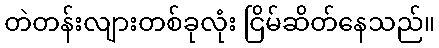
တဲတန်းလျားတစ်ခုလုံး ငြိမ်ဆိတ်နေသည်။